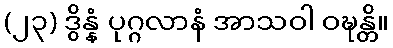
(၂၃) ဒွိန္နံ ပုဂ္ဂလာနံ အာသဝါ ဝဍ္ဎန္တိ။